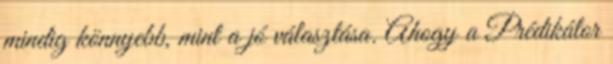
mindig könnyebb, mint a jó választása. Ahogy a Prédikátor